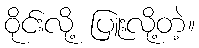
ဝိုင်းလို့ ပြူးလို့တဲ့။